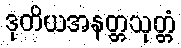
ဒုတိယအနတ္တသုတ္တံ